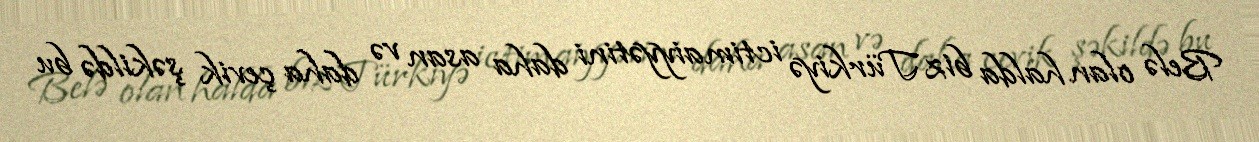
Belə olan halda biz Türkiyə ictimaiyyətini daha asan və daha çevik şəkildə bu